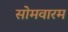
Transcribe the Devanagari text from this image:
सोमवारम